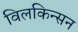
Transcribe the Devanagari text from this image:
विलकिन्सन